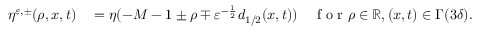
\begin{array} { r l } { \eta ^ { \ensuremath { \varepsilon } , \pm } ( \rho , x , t ) } & { { } = \eta ( - M - 1 \pm \rho \mp \ensuremath { \varepsilon } ^ { - \frac 1 2 } d _ { 1 / 2 } ( x , t ) ) \quad \mathrm { ~ f ~ o ~ r ~ } \rho \in \ensuremath { \mathbb { R } } , ( x , t ) \in \Gamma ( 3 \delta ) . } \end{array}